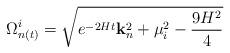
LaTeX: \begin{align*}\Omega^i_{n(t)}=\sqrt{e^{-2Ht}{\bf k}_n^2+\mu_i^2-\frac{9H^2}{4}}\end{align*}